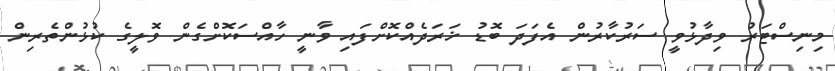
މިނިސްޓަރު ވިދާޅުވީ ސަރުކާރުން އެފަދަ ބޮޑު ޚަރަދެއްކޮށްފައި ވާނީ ހާއްސަކޮށްގެން ވޮލީގެ ކުޅުންތެރިން